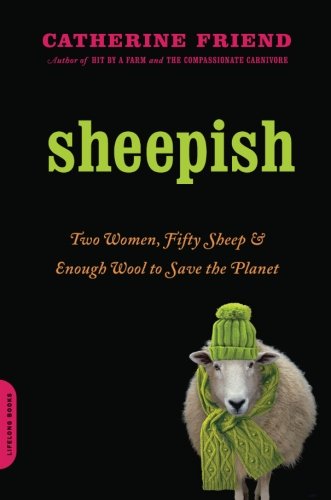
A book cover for Sheepish: Two Women, Fifty Sheep, and Enough Wool to Save the Planet; Catherine Friend; Biographies & Memoirs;